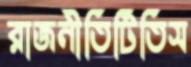
রাজনীতিটিতিস